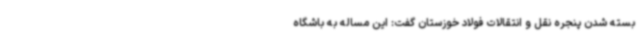
بسته شدن پنجره نقل‌ و انتقالات فولاد خوزستان گفت: این مساله به باشگاه